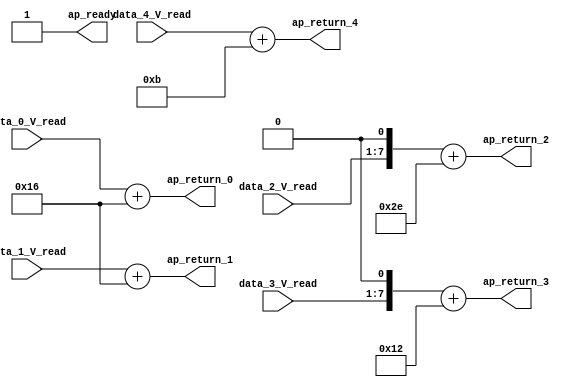
// ==============================================================
// RTL generated by Vivado(TM) HLS - High-Level Synthesis from C, C++ and SystemC
// Version: 2018.2
// Copyright (C) 1986-2018 Xilinx, Inc. All Rights Reserved.
// 
// ===========================================================

`timescale 1 ns / 1 ps 

module normalize_ap_int_ap_fixed_config16_0_0_0_0_0_0_0_0_0_0 (
        ap_ready,
        data_0_V_read,
        data_1_V_read,
        data_2_V_read,
        data_3_V_read,
        data_4_V_read,
        ap_return_0,
        ap_return_1,
        ap_return_2,
        ap_return_3,
        ap_return_4
);


output   ap_ready;
input  [6:0] data_0_V_read;
input  [6:0] data_1_V_read;
input  [6:0] data_2_V_read;
input  [6:0] data_3_V_read;
input  [6:0] data_4_V_read;
output  [7:0] ap_return_0;
output  [7:0] ap_return_1;
output  [7:0] ap_return_2;
output  [7:0] ap_return_3;
output  [7:0] ap_return_4;

wire  signed [7:0] OP1_V_fu_76_p1;
wire  signed [7:0] OP1_V_1_fu_86_p1;
wire   [7:0] p_Val2_s_fu_96_p3;
wire   [7:0] p_Val2_2_fu_110_p3;
wire  signed [7:0] OP1_V_4_fu_124_p1;
wire   [7:0] res_0_V_write_assign_fu_80_p2;
wire   [7:0] res_1_V_write_assign_fu_90_p2;
wire   [7:0] res_2_V_write_assign_fu_104_p2;
wire   [7:0] res_3_V_write_assign_fu_118_p2;
wire   [7:0] res_4_V_write_assign_fu_128_p2;

assign OP1_V_1_fu_86_p1 = $signed(data_1_V_read);

assign OP1_V_4_fu_124_p1 = $signed(data_4_V_read);

assign OP1_V_fu_76_p1 = $signed(data_0_V_read);

assign ap_ready = 1'b1;

assign ap_return_0 = res_0_V_write_assign_fu_80_p2;

assign ap_return_1 = res_1_V_write_assign_fu_90_p2;

assign ap_return_2 = res_2_V_write_assign_fu_104_p2;

assign ap_return_3 = res_3_V_write_assign_fu_118_p2;

assign ap_return_4 = res_4_V_write_assign_fu_128_p2;

assign p_Val2_2_fu_110_p3 = {{data_3_V_read}, {1'd0}};

assign p_Val2_s_fu_96_p3 = {{data_2_V_read}, {1'd0}};

assign res_0_V_write_assign_fu_80_p2 = ($signed(OP1_V_fu_76_p1) + $signed(8'd246));

assign res_1_V_write_assign_fu_90_p2 = ($signed(OP1_V_1_fu_86_p1) + $signed(8'd246));

assign res_2_V_write_assign_fu_104_p2 = ($signed(p_Val2_s_fu_96_p3) + $signed(8'd238));

assign res_3_V_write_assign_fu_118_p2 = ($signed(p_Val2_2_fu_110_p3) + $signed(8'd242));

assign res_4_V_write_assign_fu_128_p2 = ($signed(OP1_V_4_fu_124_p1) + $signed(8'd251));

endmodule //normalize_ap_int_ap_fixed_config16_0_0_0_0_0_0_0_0_0_0